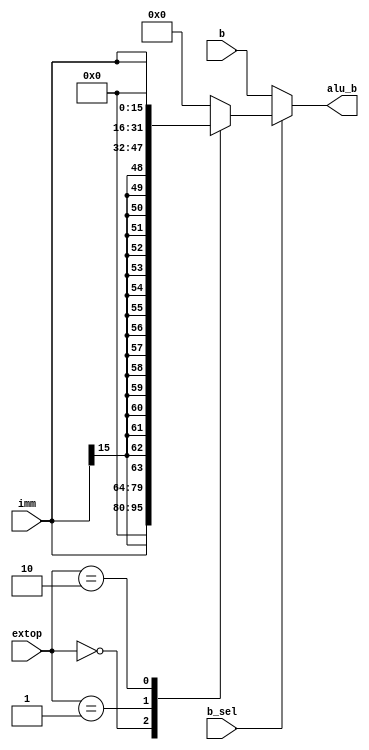
module ext32(input [15:0]imm, input [1:0]extop, input [31:0]b, input b_sel, output [31:0]alu_b);
    reg[31:0]imm32;

    assign alu_b=(b_sel)?imm32:b;

    always@(imm or extop)
    case(extop)
        2'b00:
            imm32={{16'b0},imm};
        2'b01:
            imm32={{16{imm[15]}},imm};
        2'b10:
            imm32={imm,{16'b0}};
        default:
            imm32=0;
    endcase
endmodule